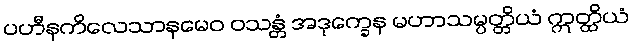
ပဟီနကိလေသာနမေဝ ဝသန္တံ အဒုက္ခေန မဟာသမ္ပတ္တိယံ ဣတ္ထိယံ